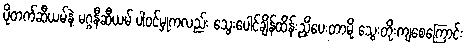
ပိုတက်ဆီယမ်နဲ့ မဂ္ဂနီဆီယမ် ပါဝင်မှုကလည်း သွေးပေါင်ချိန်ထိန်းညှိပေးတာမို့ သွေးတိုးကျစေကြောင်း